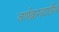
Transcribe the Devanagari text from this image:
वर्णक्रमदर्शीय